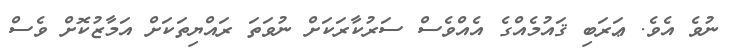
ނުވެ އެވެ. ޢަރަބި ޤައުމެއްގެ އެއްވެސް ސަރުކާރަކަށް ނުވަތަ ރައްޔިތަކަށް އަމާޒުކޮށް ވެސް